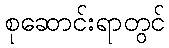
စုဆောင်းရာတွင်